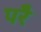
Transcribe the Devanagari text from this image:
परेै